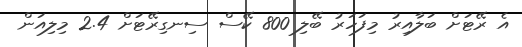
އެ ރޭޓަށް ބަލާއިރު މިފަހަރު ބޭލި 800 ކޭސް ސިނގިރޭޓަށް 2.4 މިލިއަން